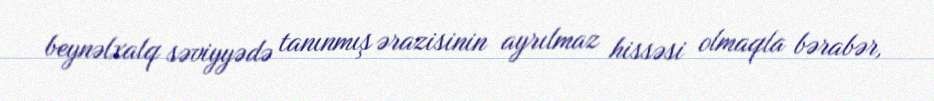
beynəlxalq səviyyədə tanınmış ərazisinin ayrılmaz hissəsi olmaqla bərabər,